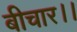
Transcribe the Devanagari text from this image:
बीचार।।